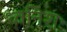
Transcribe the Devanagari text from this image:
ध्वनिशः